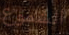
الشموع